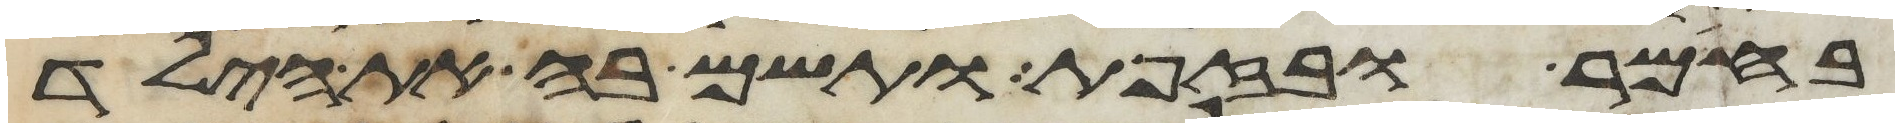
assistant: בחימר ובזפת ותשם בה את הילד